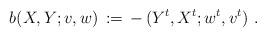
LaTeX: \begin{align*}b(X,Y;v,w) \, := \, -\,(Y^t,X^t;w^t,v^t) \ .\end{align*}